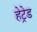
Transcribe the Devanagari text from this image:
हेट्रेड